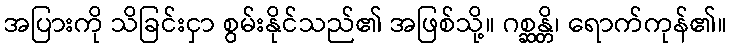
အပြားကို သိခြင်းငှာ စွမ်းနိုင်သည်၏ အဖြစ်သို့။ ဂစ္ဆန္တိ၊ ရောက်ကုန်၏။